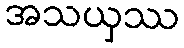
အသယှဿ